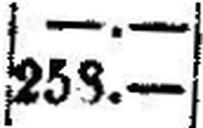
253.—